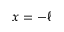
x = - \ell